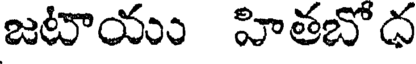
జటాయు హితబోధ